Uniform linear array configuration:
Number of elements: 32
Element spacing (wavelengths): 0.25
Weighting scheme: uniform
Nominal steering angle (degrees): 45
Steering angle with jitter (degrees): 46.251
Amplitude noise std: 0.05
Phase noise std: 0.05

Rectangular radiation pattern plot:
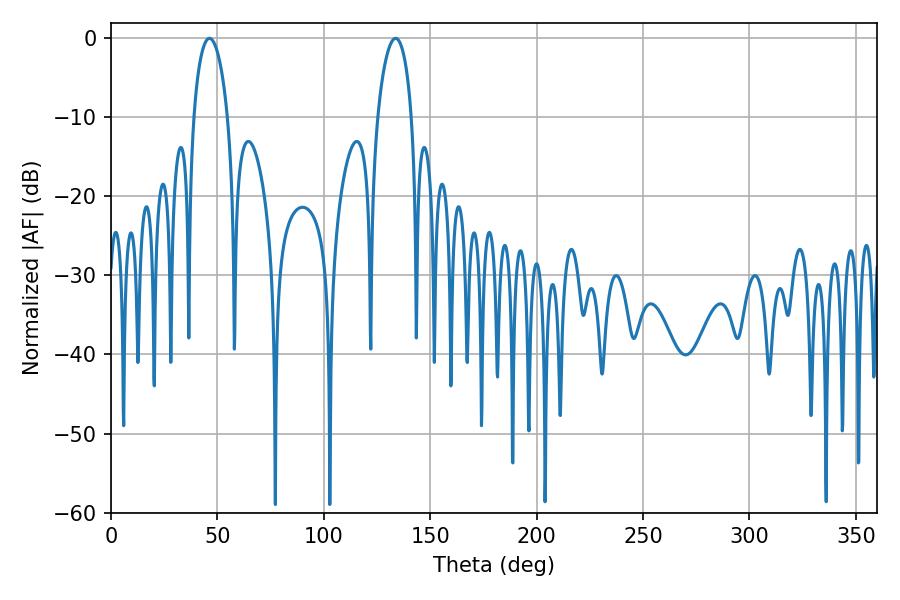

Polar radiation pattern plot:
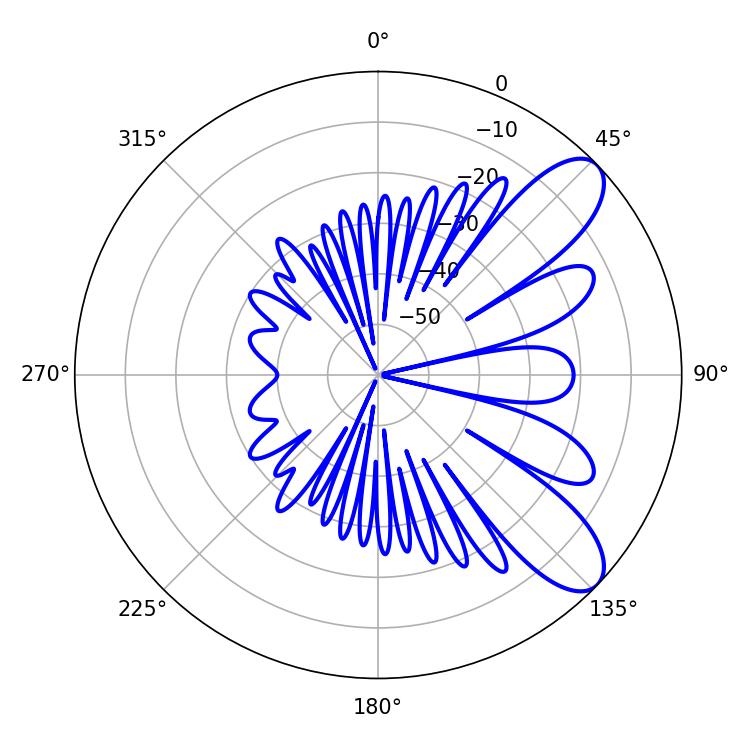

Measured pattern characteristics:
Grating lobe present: FALSE
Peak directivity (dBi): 8.855
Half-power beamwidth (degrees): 9
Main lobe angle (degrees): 46.26